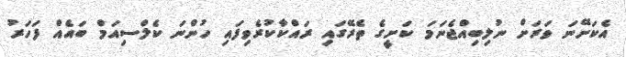
އެކަށޭނަ ވަރަށް ނުލިބިއްޖެނަމަ ކަށީގެ ތެރޭގައި ރައްކާކުރެވިފައި ހުންނަ ކެލްސިއަމް ބައެއް ފަހަރު